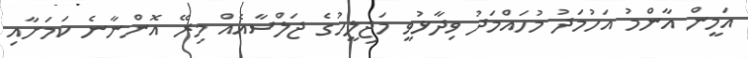
އަމީން އާންމު އަހުމަދު މުހައްމަދު ވިދާޅުވީ މަޖިލީހުގެ ޖަލްސާއެއް މިރޭ އޮންނާނެ ކަމަށާއި